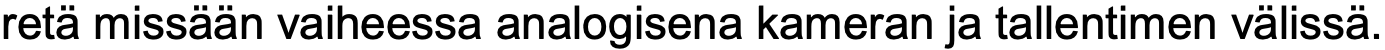
retä missään vaiheessa analogisena kameran ja tallentimen välissä.